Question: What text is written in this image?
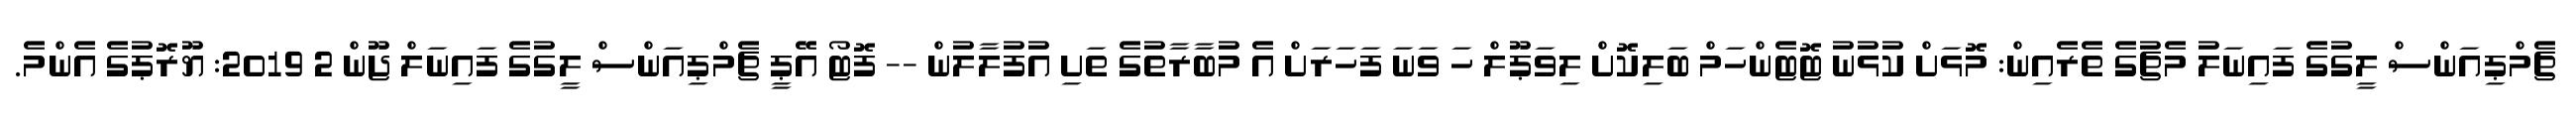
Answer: ޗެމްޕިއަންސް ލީގުގެ ފައިނަލު މެޗުގެ ތެރެއިން: މޮޅަށް ކުޅުނު ޓޮޓެންހަމް ބަލިކޮށް ލިވަޕޫލް ހަ ވަނަ ފަހަރަށް އެ މުބާރާތުގެ ތަށި އުފުލާލުން -- ފޮޓޯ އޭޕީ ޗެމްޕިއަންސް ލީގުގެ ފައިނަލް ޖޫން 2 2019: ޔޫރޮޕުގެ އެންމެ.